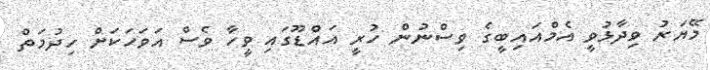
މޭޔަރު ވިދާޅުވީ އެމްއައިބީގެ ވިސްނުން ހުރީ އައްޑޫގައި ވީހާ ވެސް އަވަހަކަށް ހިދުމަތް